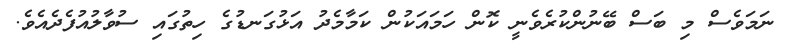
ނަމަވެސް މި ބަސް ބޭނުންކުރެވެނީ ކޮން ހަމައަކުން ކަމާމެދު އަޅުގަނޑުގެ ހިތުގައި ސުވާލުއުފެދެއެވެ.